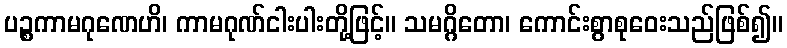
ပဉ္စကာမဂုဏေဟိ၊ ကာမဂုဏ်ငါးပါးတို့ဖြင့်။ သမဂ္ဂိတော၊ ကောင်းစွာစုဝေးသည်ဖြစ်၍။